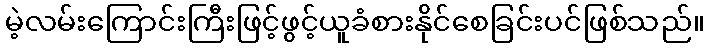
မဲ့လမ်းကြောင်းကြီးဖြင့်ဖွင့်ယူခံစားနိုင်စေခြင်းပင်ဖြစ်သည်။